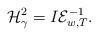
LaTeX: \begin{align*}\mathcal{H}_\gamma^2=I\mathcal{E}^{-1}_{w,T}.\end{align*}